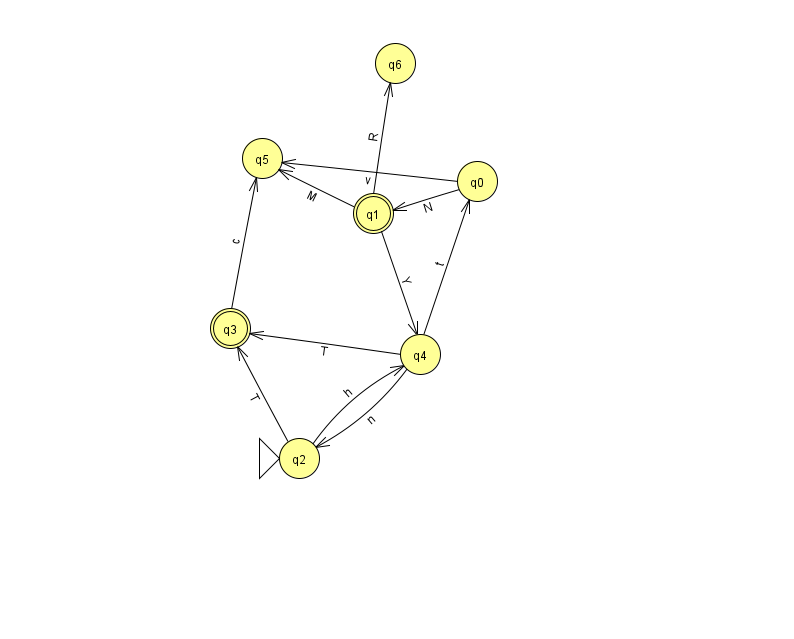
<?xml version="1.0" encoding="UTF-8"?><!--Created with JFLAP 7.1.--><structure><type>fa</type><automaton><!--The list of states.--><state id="0" name="q0"><x>477.0</x><y>168.0</y></state><state id="1" name="q1"><x>373.0</x><y>200.0</y><final/></state><state id="2" name="q2"><x>299.0</x><y>445.0</y><initial/></state><state id="3" name="q3"><x>230.0</x><y>315.0</y><final/></state><state id="4" name="q4"><x>420.0</x><y>341.0</y></state><state id="5" name="q5"><x>262.0</x><y>145.0</y></state><state id="6" name="q6"><x>395.0</x><y>50.0</y></state><!--The list of transitions.--><transition><from>2</from><to>4</to><read>h</read></transition><transition><from>4</from><to>0</to><read>t</read></transition><transition><from>0</from><to>5</to><read>v</read></transition><transition><from>2</from><to>3</to><read>T</read></transition><transition><from>4</from><to>2</to><read>n</read></transition><transition><from>1</from><to>6</to><read>R</read></transition><transition><from>0</from><to>1</to><read>N</read></transition><transition><from>1</from><to>4</to><read>Y</read></transition><transition><from>3</from><to>5</to><read>c</read></transition><transition><from>4</from><to>3</to><read>T</read></transition><transition><from>1</from><to>5</to><read>M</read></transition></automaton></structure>